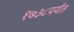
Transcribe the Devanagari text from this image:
१७३८पर्यंत